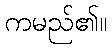
ကမည်၏။